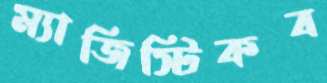
ম্যাজিস্টিকব